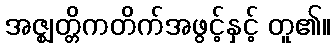
အဇ္ဈတ္တိကတိက်အဖွင့်နှင့် တူ၏။